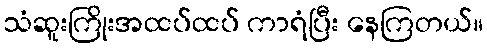
သံဆူးကြိုးအထပ်ထပ် ကာရံပြီး နေကြတယ်။